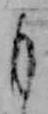
も